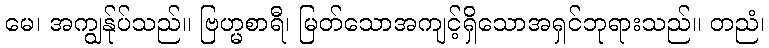
မေ၊ အကျွန်ုပ်သည်။ ဗြဟ္မစာရီ၊ မြတ်သောအကျင့်ရှိသောအရှင်ဘုရားသည်။ တညံ၊